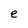
Character: e